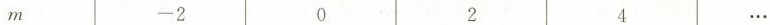
m -2 0 2 4 …